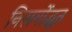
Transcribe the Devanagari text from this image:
निसर्गोद्भूत